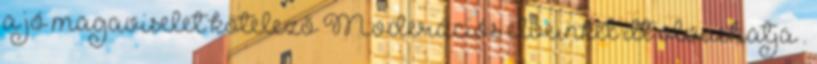
a jó magaviselet kötelező Moderációs elveinket itt olvashatja .